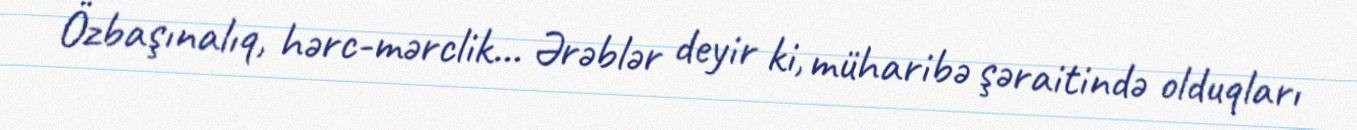
Özbaşınalıq, hərc-mərclik... Ərəblər deyir ki, müharibə şəraitində olduqları